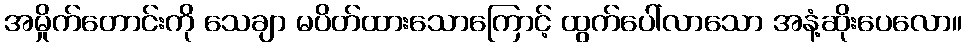
အမှိုက်တောင်းကို သေချာ မပိတ်ထားသောကြောင့် ထွက်ပေါ်လာသော အနံ့ဆိုးပေလော။